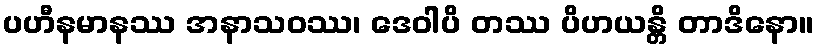
ပဟီနမာနဿ အနာသဝဿ၊ ဒေဝါပိ တဿ ပိဟယန္တိ တာဒိနော။